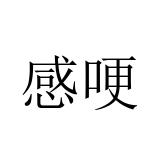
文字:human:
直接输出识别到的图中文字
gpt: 感哽